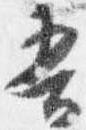
吾